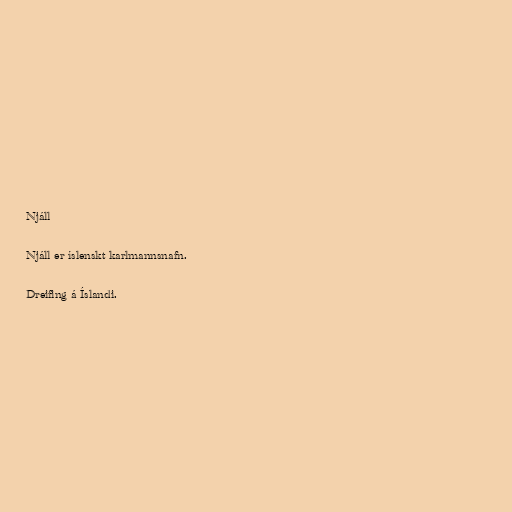
Njáll

Njáll er íslenskt karlmannsnafn.

Dreifing á Íslandi.